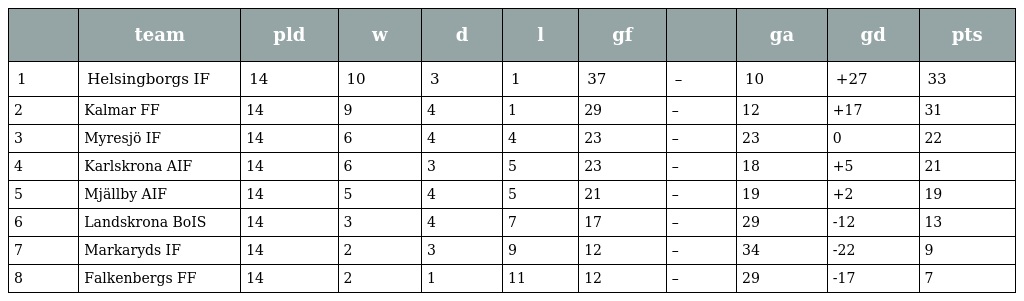
|  | team | pld | w | d | l | gf |  | ga | gd | pts |
 | --- | --- | --- | --- | --- | --- | --- | --- | --- | --- | --- |
 | 1 | Helsingborgs IF | 14 | 10 | 3 | 1 | 37 | – | 10 | +27 | 33 |
 | 2 | Kalmar FF | 14 | 9 | 4 | 1 | 29 | – | 12 | +17 | 31 |
 | 3 | Myresjö IF | 14 | 6 | 4 | 4 | 23 | – | 23 | 0 | 22 |
 | 4 | Karlskrona AIF | 14 | 6 | 3 | 5 | 23 | – | 18 | +5 | 21 |
 | 5 | Mjällby AIF | 14 | 5 | 4 | 5 | 21 | – | 19 | +2 | 19 |
 | 6 | Landskrona BoIS | 14 | 3 | 4 | 7 | 17 | – | 29 | -12 | 13 |
 | 7 | Markaryds IF | 14 | 2 | 3 | 9 | 12 | – | 34 | -22 | 9 |
 | 8 | Falkenbergs FF | 14 | 2 | 1 | 11 | 12 | – | 29 | -17 | 7 |